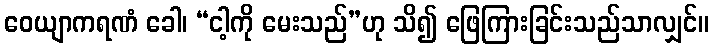
ဝေယျာကရဏံ ခေါ၊ “ငါ့ကို မေးသည်”ဟု သိ၍ ဖြေကြားခြင်းသည်သာလျှင်။